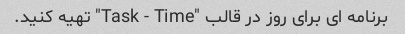
برنامه ای برای روز در قالب "Task - Time" تهیه کنید.